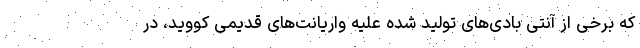
که برخی از آنتی بادی‌های تولید شده علیه واریانت‌های قدیمی کووید، در